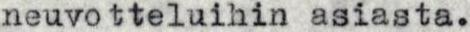
neuvotteluihin asiasta.